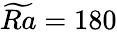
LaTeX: \widetilde{Ra}=180